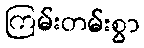
ကြမ်းတမ်းစွာ